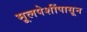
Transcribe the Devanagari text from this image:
मूलपेशींपासून